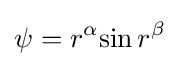
\psi =r^{\alpha }{\sin r^{\beta }}